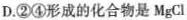
D.②④形成的化合物是MgCl